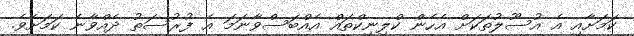
ކަމަށާއި އެ އުސޫލުތަކަށް އެހެން ކްލިނިކްތައް އެއްބަސްވާނަމަ އެ ފުރުސަތު ދެއްވާނެ ކަމަށެވެ.